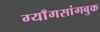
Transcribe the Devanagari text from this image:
ग्याँगसांगबुक